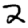
Digit: 2